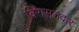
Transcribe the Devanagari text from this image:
विरासतदार